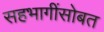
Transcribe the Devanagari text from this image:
सहभागींसोबत